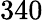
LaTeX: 340